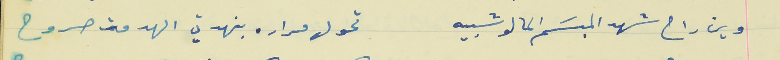
وين راح شهد المبسَم الما لو شبيه                           تحول مراره بنهدتي الهدمت صروح